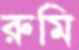
রুমি